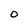
Character: O